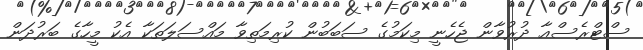
ސްޓްރެސްއާ ދުރުވާން ޖެހެނީ މިކަމުގެ ސަބަބުން ކުރިމަތިވާ މައްސަލަތަކާ އެކު މީހާގެ ބަރުދަން